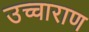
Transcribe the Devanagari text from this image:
उच्चाराण